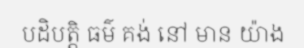
បដិបត្តិ ធម៌ គង់ នៅ មាន យ៉ាង